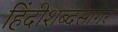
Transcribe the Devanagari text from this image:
हिंदीशब्दसागर